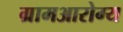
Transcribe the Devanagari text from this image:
ग्रामआरोग्य